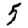
Digit: 5